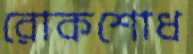
রোকশোধ